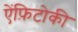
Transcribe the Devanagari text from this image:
ऐंफ़िटोकी